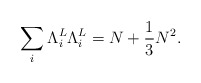
\begin{align*}\sum_{i}{\Lambda}_i^L{\Lambda}_i^L=N+\frac{1}{3}N^2.\end{align*}